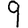
Digit: 9